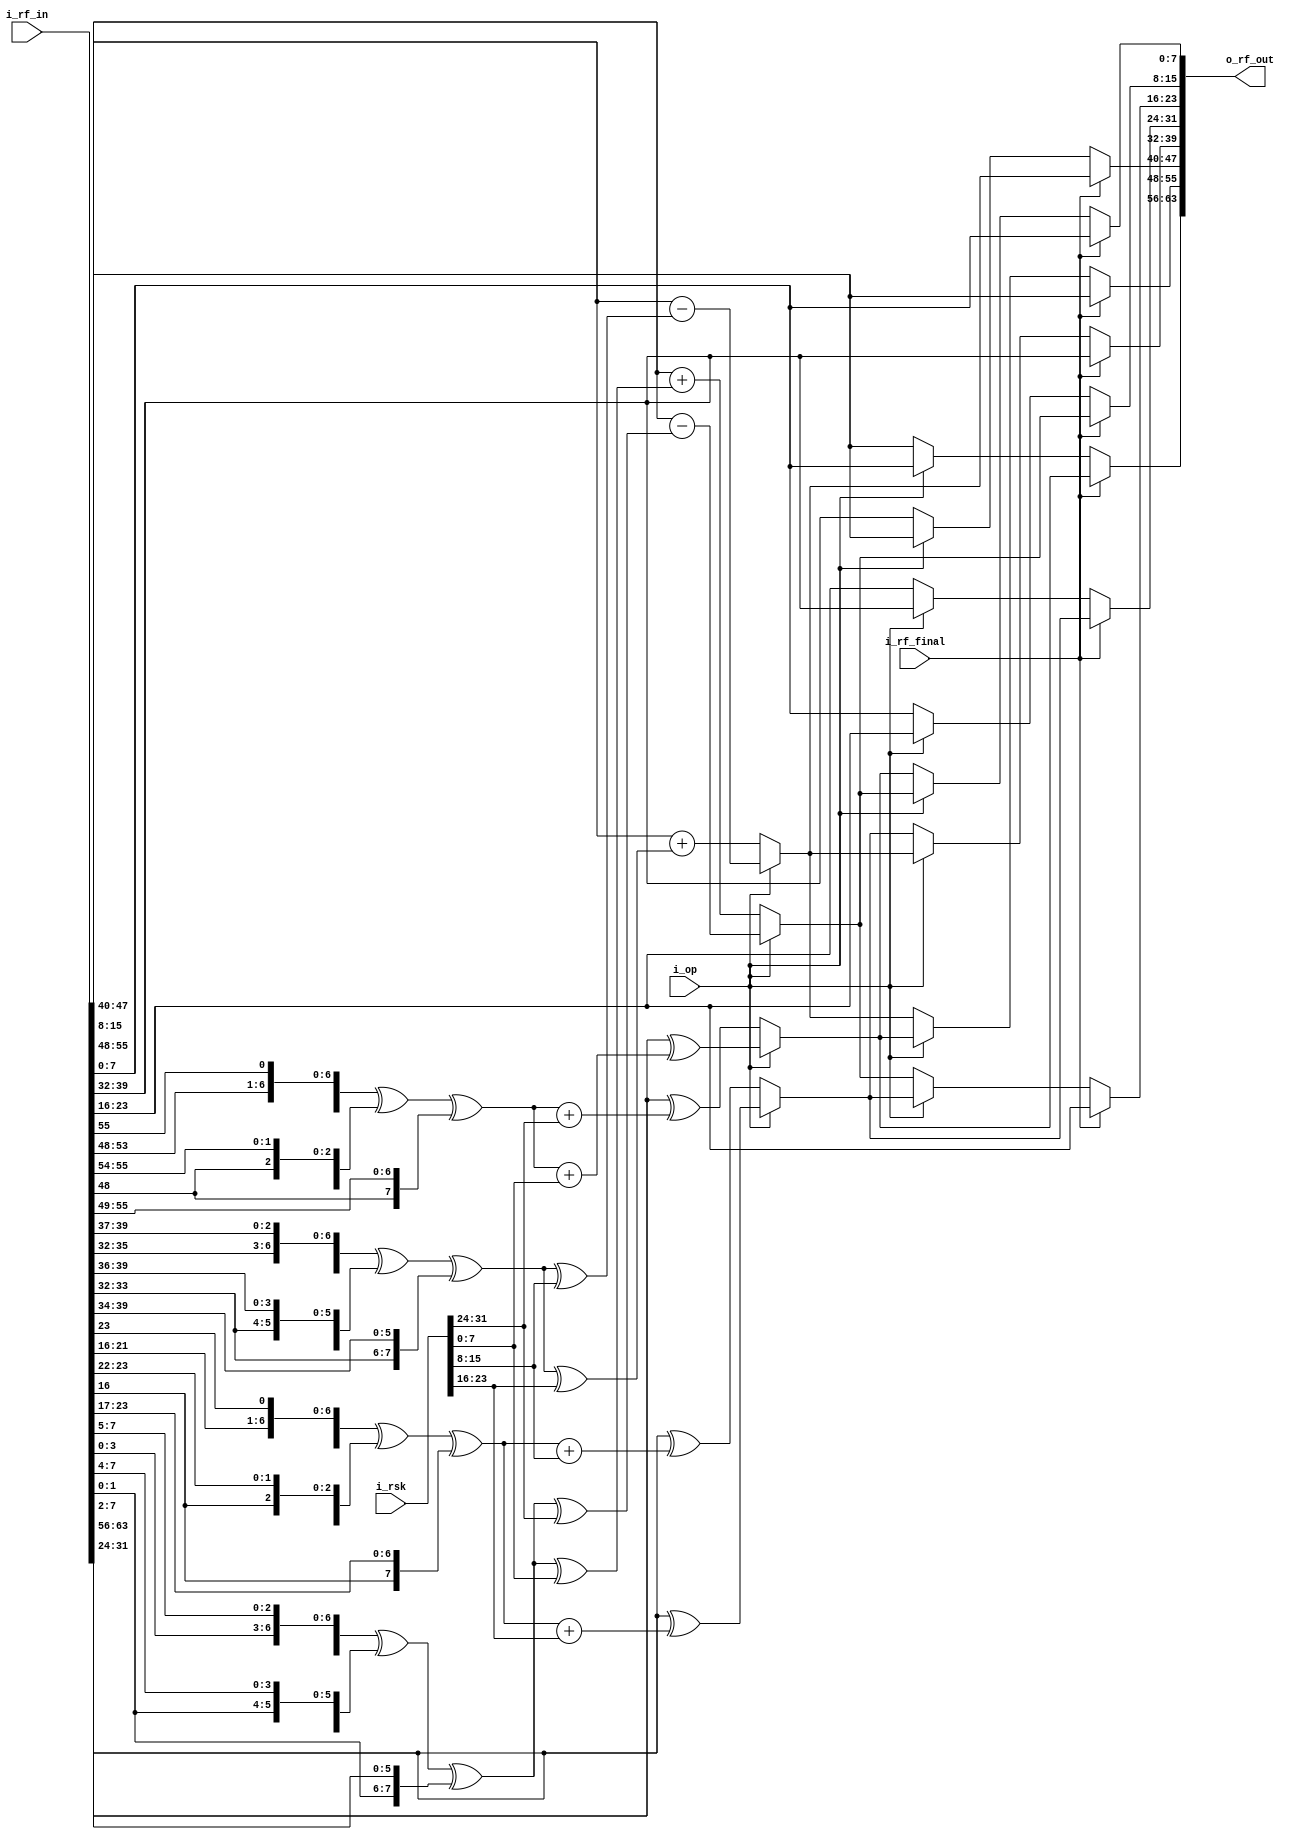
//////////////////////////////////////////////////////////////////////
////                                                              ////
////  Round function of main datapath for HIGHT Crypto Core       ////
////                                                              ////
////  This file is part of the HIGHT Crypto Core project          ////
////  http://github.com/OpenSoCPlus/hight_crypto_core             ////
////  http://www.opencores.org/project,hight                      ////
////                                                              ////
////  Description                                                 ////
////  __description__                                             ////
////                                                              ////
////  Author(s):                                                  ////
////      - JoonSoo Ha, json.ha@gmail.com                         ////
////      - Younjoo Kim, younjookim.kr@gmail.com                  ////
////                                                              ////
//////////////////////////////////////////////////////////////////////
////                                                              ////
//// Copyright (C) 2015 Authors, OpenSoCPlus and OPENCORES.ORG    ////
////                                                              ////
//// This source file may be used and distributed without         ////
//// restriction provided that this copyright statement is not    ////
//// removed from the file and that any derivative work contains  ////
//// the original copyright notice and the associated disclaimer. ////
////                                                              ////
//// This source file is free software; you can redistribute it   ////
//// and/or modify it under the terms of the GNU Lesser General   ////
//// Public License as published by the Free Software Foundation; ////
//// either version 2.1 of the License, or (at your option) any   ////
//// later version.                                               ////
////                                                              ////
//// This source is distributed in the hope that it will be       ////
//// useful, but WITHOUT ANY WARRANTY; without even the implied   ////
//// warranty of MERCHANTABILITY or FITNESS FOR A PARTICULAR      ////
//// PURPOSE.  See the GNU Lesser General Public License for more ////
//// details.                                                     ////
////                                                              ////
//// You should have received a copy of the GNU Lesser General    ////
//// Public License along with this source; if not, download it   ////
//// from http://www.opencores.org/lgpl.shtml                     ////
////                                                              ////
//////////////////////////////////////////////////////////////////////

module RF(
	i_op             ,   
	
	i_rsk            ,   

	i_rf_in          ,  
	
	i_rf_final       ,  

	o_rf_out          
);


//=====================================
//
//          PARAMETERS 
//
//=====================================


//=====================================
//
//          I/O PORTS 
//
//=====================================
input        i_op           ;  

input[31:0]  i_rsk          ;  

input[63:0]  i_rf_in        ;  
	
input        i_rf_final     ;  

output[63:0] o_rf_out       ;  


//=====================================
//
//          REGISTERS
//
//=====================================


//=====================================
//
//          WIRES
//
//=====================================
// w_rf_out
wire[63:0]  w_rf_out     ;  
// w_rf_out (7 ~ 0)
wire[7:0]  w_rf_out7     ;  
wire[7:0]  w_rf_out6     ;  
wire[7:0]  w_rf_out5     ;  
wire[7:0]  w_rf_out4     ;  
wire[7:0]  w_rf_out3     ;  
wire[7:0]  w_rf_out2     ;  
wire[7:0]  w_rf_out1     ;  
wire[7:0]  w_rf_out0     ;  
// w_f_function 
wire[7:0] w_f0_6   ;  
wire[7:0] w_f1_4   ;
wire[7:0] w_f0_2   ;
wire[7:0] w_f1_0   ;
// w_rf_median_value
wire[7:0] w_rf_mv[0:3]; 
//=====================================
//
//          MAIN
//
//=====================================

assign w_f0_6 = {i_rf_in[54:48],i_rf_in[55]}    ^ 
                {i_rf_in[53:48],i_rf_in[55:54]} ^ 
                {i_rf_in[48]   ,i_rf_in[55:49]};
assign w_f1_4 = {i_rf_in[36:32],i_rf_in[39:37]} ^ 
                {i_rf_in[35:32],i_rf_in[39:36]} ^ 
                {i_rf_in[33:32],i_rf_in[39:34]};
assign w_f0_2 = {i_rf_in[22:16],i_rf_in[23]}    ^ 
                {i_rf_in[21:16],i_rf_in[23:22]} ^ 
                {i_rf_in[16]   ,i_rf_in[23:17]};
assign w_f1_0 = {i_rf_in[4:0]  ,i_rf_in[7:5]} ^ 
                {i_rf_in[3:0]  ,i_rf_in[7:4]} ^ 
                {i_rf_in[1:0]  ,i_rf_in[7:2]}; 

assign w_rf_mv[3] = (i_op == 0) ? i_rf_in[63:56] ^ (w_f0_6 + i_rsk[31:24]):
                                  i_rf_in[63:56] ^ (w_f0_6 + i_rsk[7:0]); 

assign w_rf_mv[2] = (i_op == 0) ? i_rf_in[47:40] + (w_f1_4 ^ i_rsk[23:16]): 
                                  i_rf_in[47:40] - (w_f1_4 ^ i_rsk[15:8]);                        

assign w_rf_mv[1] = (i_op == 0) ? i_rf_in[31:24] ^ (w_f0_2 + i_rsk[15:8]):
                                  i_rf_in[31:24] ^ (w_f0_2 + i_rsk[23:16]); 

assign w_rf_mv[0] = (i_op == 0) ? i_rf_in[15:8] + (w_f1_0 ^ i_rsk[7:0]): 
                                  i_rf_in[15:8] - (w_f1_0 ^ i_rsk[31:24]); 

assign w_rf_out7 = (i_rf_final == 1) ? w_rf_mv[3] : 
                                      (i_op == 0) ? i_rf_in[55:48] : 
                                                    i_rf_in[7:0];
assign w_rf_out6 = (i_rf_final == 1) ? i_rf_in[55:48] : 
                                      (i_op == 0) ? w_rf_mv[2] :
                                                    w_rf_mv[3];
assign w_rf_out5 = (i_rf_final == 1) ? w_rf_mv[2] : 
                                      (i_op == 0) ? i_rf_in[39:32] :  
                                                    i_rf_in[55:48];
assign w_rf_out4 = (i_rf_final == 1) ? i_rf_in[39:32] :
                                      (i_op == 0) ? w_rf_mv[1] :
                                                    w_rf_mv[2];
assign w_rf_out3 = (i_rf_final == 1) ? w_rf_mv[1] : 
                                      (i_op == 0) ? i_rf_in[23:16] :
                                                    i_rf_in[39:32];
assign w_rf_out2 = (i_rf_final == 1) ? i_rf_in[23:16] :
                                      (i_op == 0) ? w_rf_mv[0] :
                                                    w_rf_mv[1];

assign w_rf_out1 = (i_rf_final == 1) ? w_rf_mv[0] :             
                                      (i_op == 0) ? i_rf_in[7:0] : 
                                                    i_rf_in[23:16];

assign w_rf_out0 = (i_rf_final == 1) ? i_rf_in[7:0] :
                                      (i_op == 0) ? w_rf_mv[3] : 
                                                    w_rf_mv[0];
                   
assign w_rf_out = {w_rf_out7, w_rf_out6, w_rf_out5, w_rf_out4, w_rf_out3, w_rf_out2, w_rf_out1, w_rf_out0}; 
assign o_rf_out = w_rf_out;


endmodule